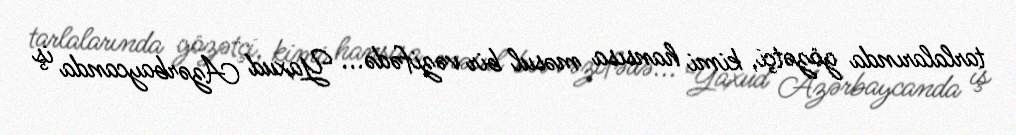
tarlalarında gözətçi, kimi hansısa məsul bir vəzifədə... Yaxud Azərbaycanda iş